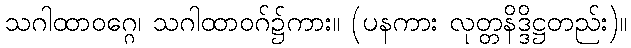
သဂါထာဝဂ္ဂေ၊ သဂါထာဝဂ်၌ကား။ (ပနကား လုတ္တနိဒ္ဒိဋ္ဌတည်း)။